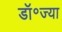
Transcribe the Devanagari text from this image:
डॉ॰ज्या